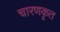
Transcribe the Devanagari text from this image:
चारणकृत